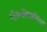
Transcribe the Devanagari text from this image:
गीतपथिकाभिराम